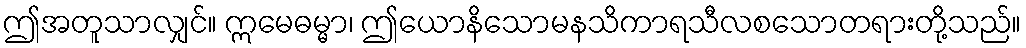
ဤအတူသာလျှင်။ ဣမေဓမ္မာ၊ ဤယောနိသောမနသိကာရသီလစသောတရားတို့သည်။